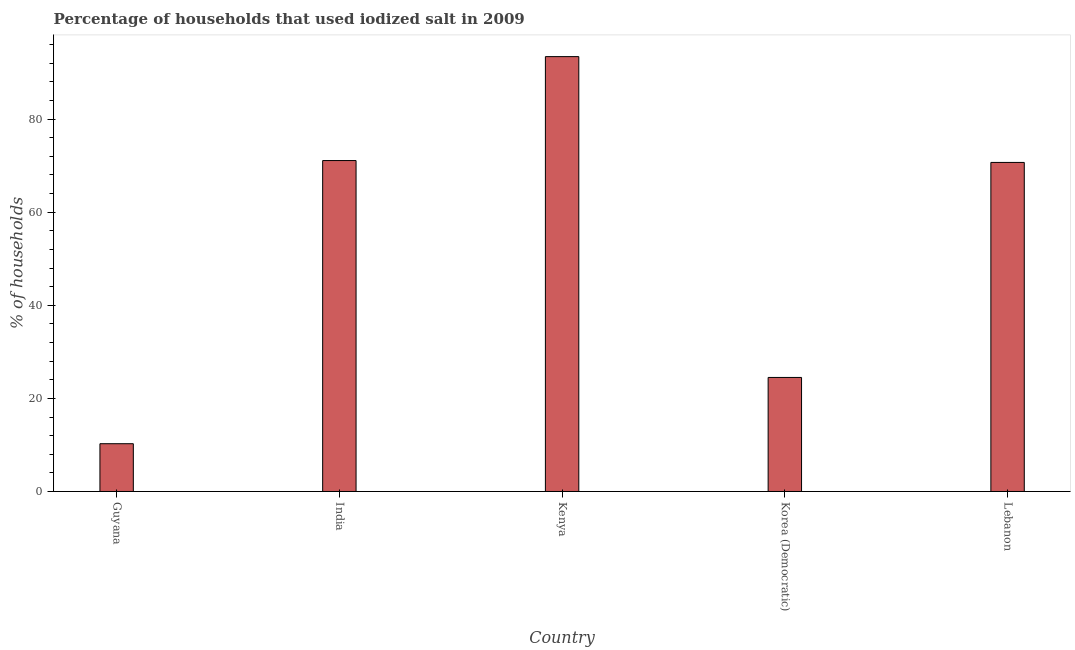
| Country | Consumption of iodized salt |
 | --- | --- |
 | Guyana | 10.3 |
 | India | 71.1 |
 | Kenya | 93.4 |
 | Korea (Democratic) | 24.5 |
 | Lebanon | 70.7 |